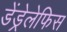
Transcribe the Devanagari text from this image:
डेंड्रेलेफिस